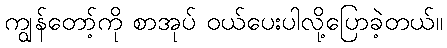
ကျွန်တော့်ကို စာအုပ် ဝယ်ပေးပါလို့ပြောခဲ့တယ်။